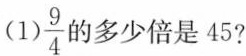
(1) \frac{9}{4}的多少倍是45?